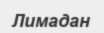
Лимадан